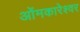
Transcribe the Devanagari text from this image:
ओंमकारेश्‍वर